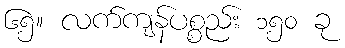
၆၅။ လက်ကျန်ပစ္စည်း ၁၅၀ ခု